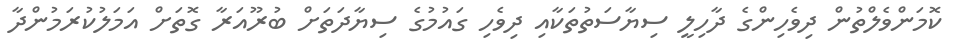
ކޮމަންވެލްތުން ދިވެހިންގެ ދާހިލީ ސިޔާސަތުތަކާއި ދިވެހި ގައުމުގެ ސިޔާދަތަށް ބުރޫއަރާ ގޮތަށް އަމަލުކުރަމުންދާ